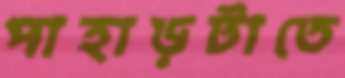
পাহাড়টাতে